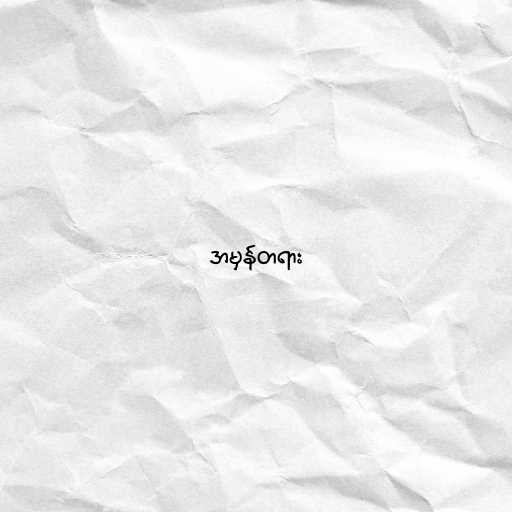
အမှန်တရား